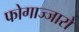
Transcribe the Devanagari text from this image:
फोगाज्जारो